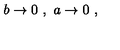
b \rightarrow 0 \ , \ a \rightarrow 0 \ ,